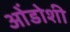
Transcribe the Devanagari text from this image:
ओंडोशी